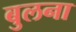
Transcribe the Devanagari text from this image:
बुलना